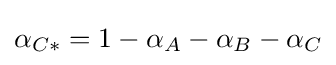
\alpha _{C*}=1-\alpha _{A}-\alpha _{B}-\alpha _{C}